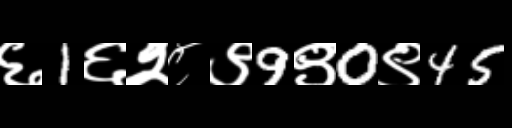
Text: ६1६२८९9९0९45